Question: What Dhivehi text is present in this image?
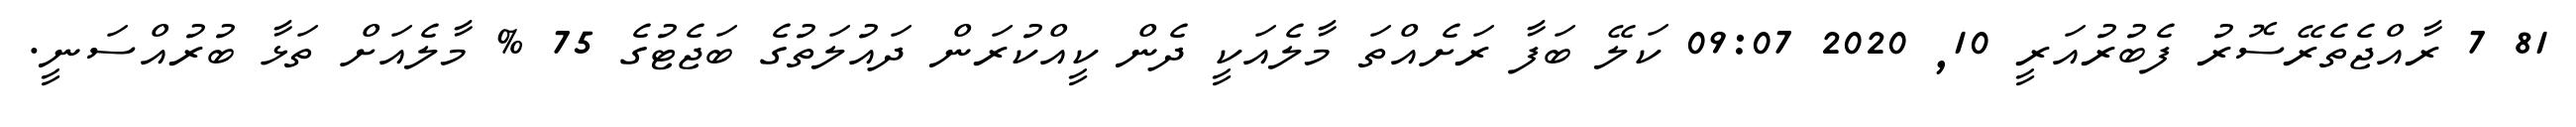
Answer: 81 7 ރާއްޖެތެރޭސޮރު ފެބުރުއަރީ 10, 2020 09:07 ކަލޭ ބަފާ ރަށެއްތަ މާލެއަކީ ދެން ކީއްކުރަން ދައުލަތުގެ ބަޖެޓުގެ 75 % މާލެއަށް ތަޅާ ބުރުއްސަނީ.